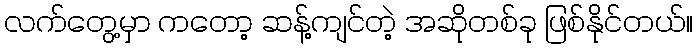
လက်တွေ့မှာ ကတော့ ဆန့်ကျင်တဲ့ အဆိုတစ်ခု ဖြစ်နိုင်တယ်။